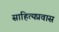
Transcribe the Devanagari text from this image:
साहित्यप्रवास